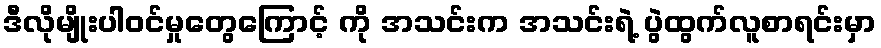
ဒီလိုမျိုးပါဝင်မှုတွေကြောင့် ကို အသင်းက အသင်းရဲ့ ပွဲထွက်လူစာရင်းမှာ